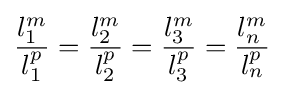
{\frac {l_{1}^{m}}{l_{1}^{p}}}={\frac {l_{2}^{m}}{l_{2}^{p}}}={\frac {l_{3}^{m}}{l_{3}^{p}}}={\frac {l_{n}^{m}}{l_{n}^{p}}}